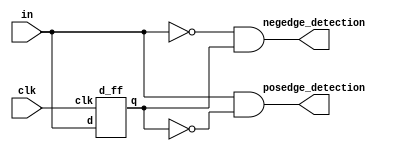
module edge_detector(in,clk,posedge_detection,negedge_detection);
  input in,clk;
  output reg posedge_detection,negedge_detection;
  
  reg signal;
  wire out_d; //output of D FF
  
  d_ff ff(in,clk,out_d);
  
  always@(*)
    begin
      signal <= out_d;
      posedge_detection <=   in  & ~(signal);
      negedge_detection <= ~(in) &   signal;
    end
endmodule


module d_ff(d,clk,q);
input d,clk;
output reg q;

always@(posedge clk)
begin
q <= d;
end

endmodule